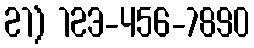
21) 123-456-7890